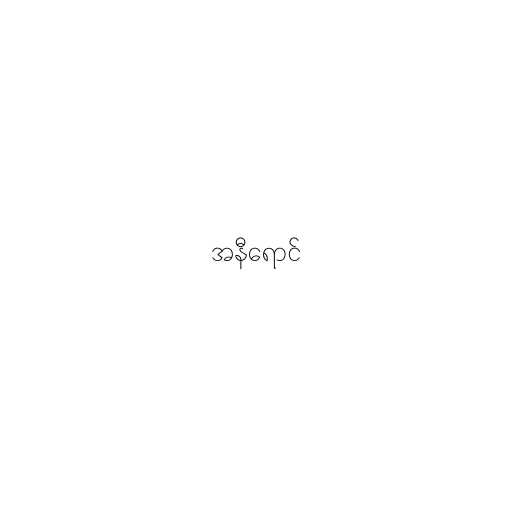
အနီရောင်